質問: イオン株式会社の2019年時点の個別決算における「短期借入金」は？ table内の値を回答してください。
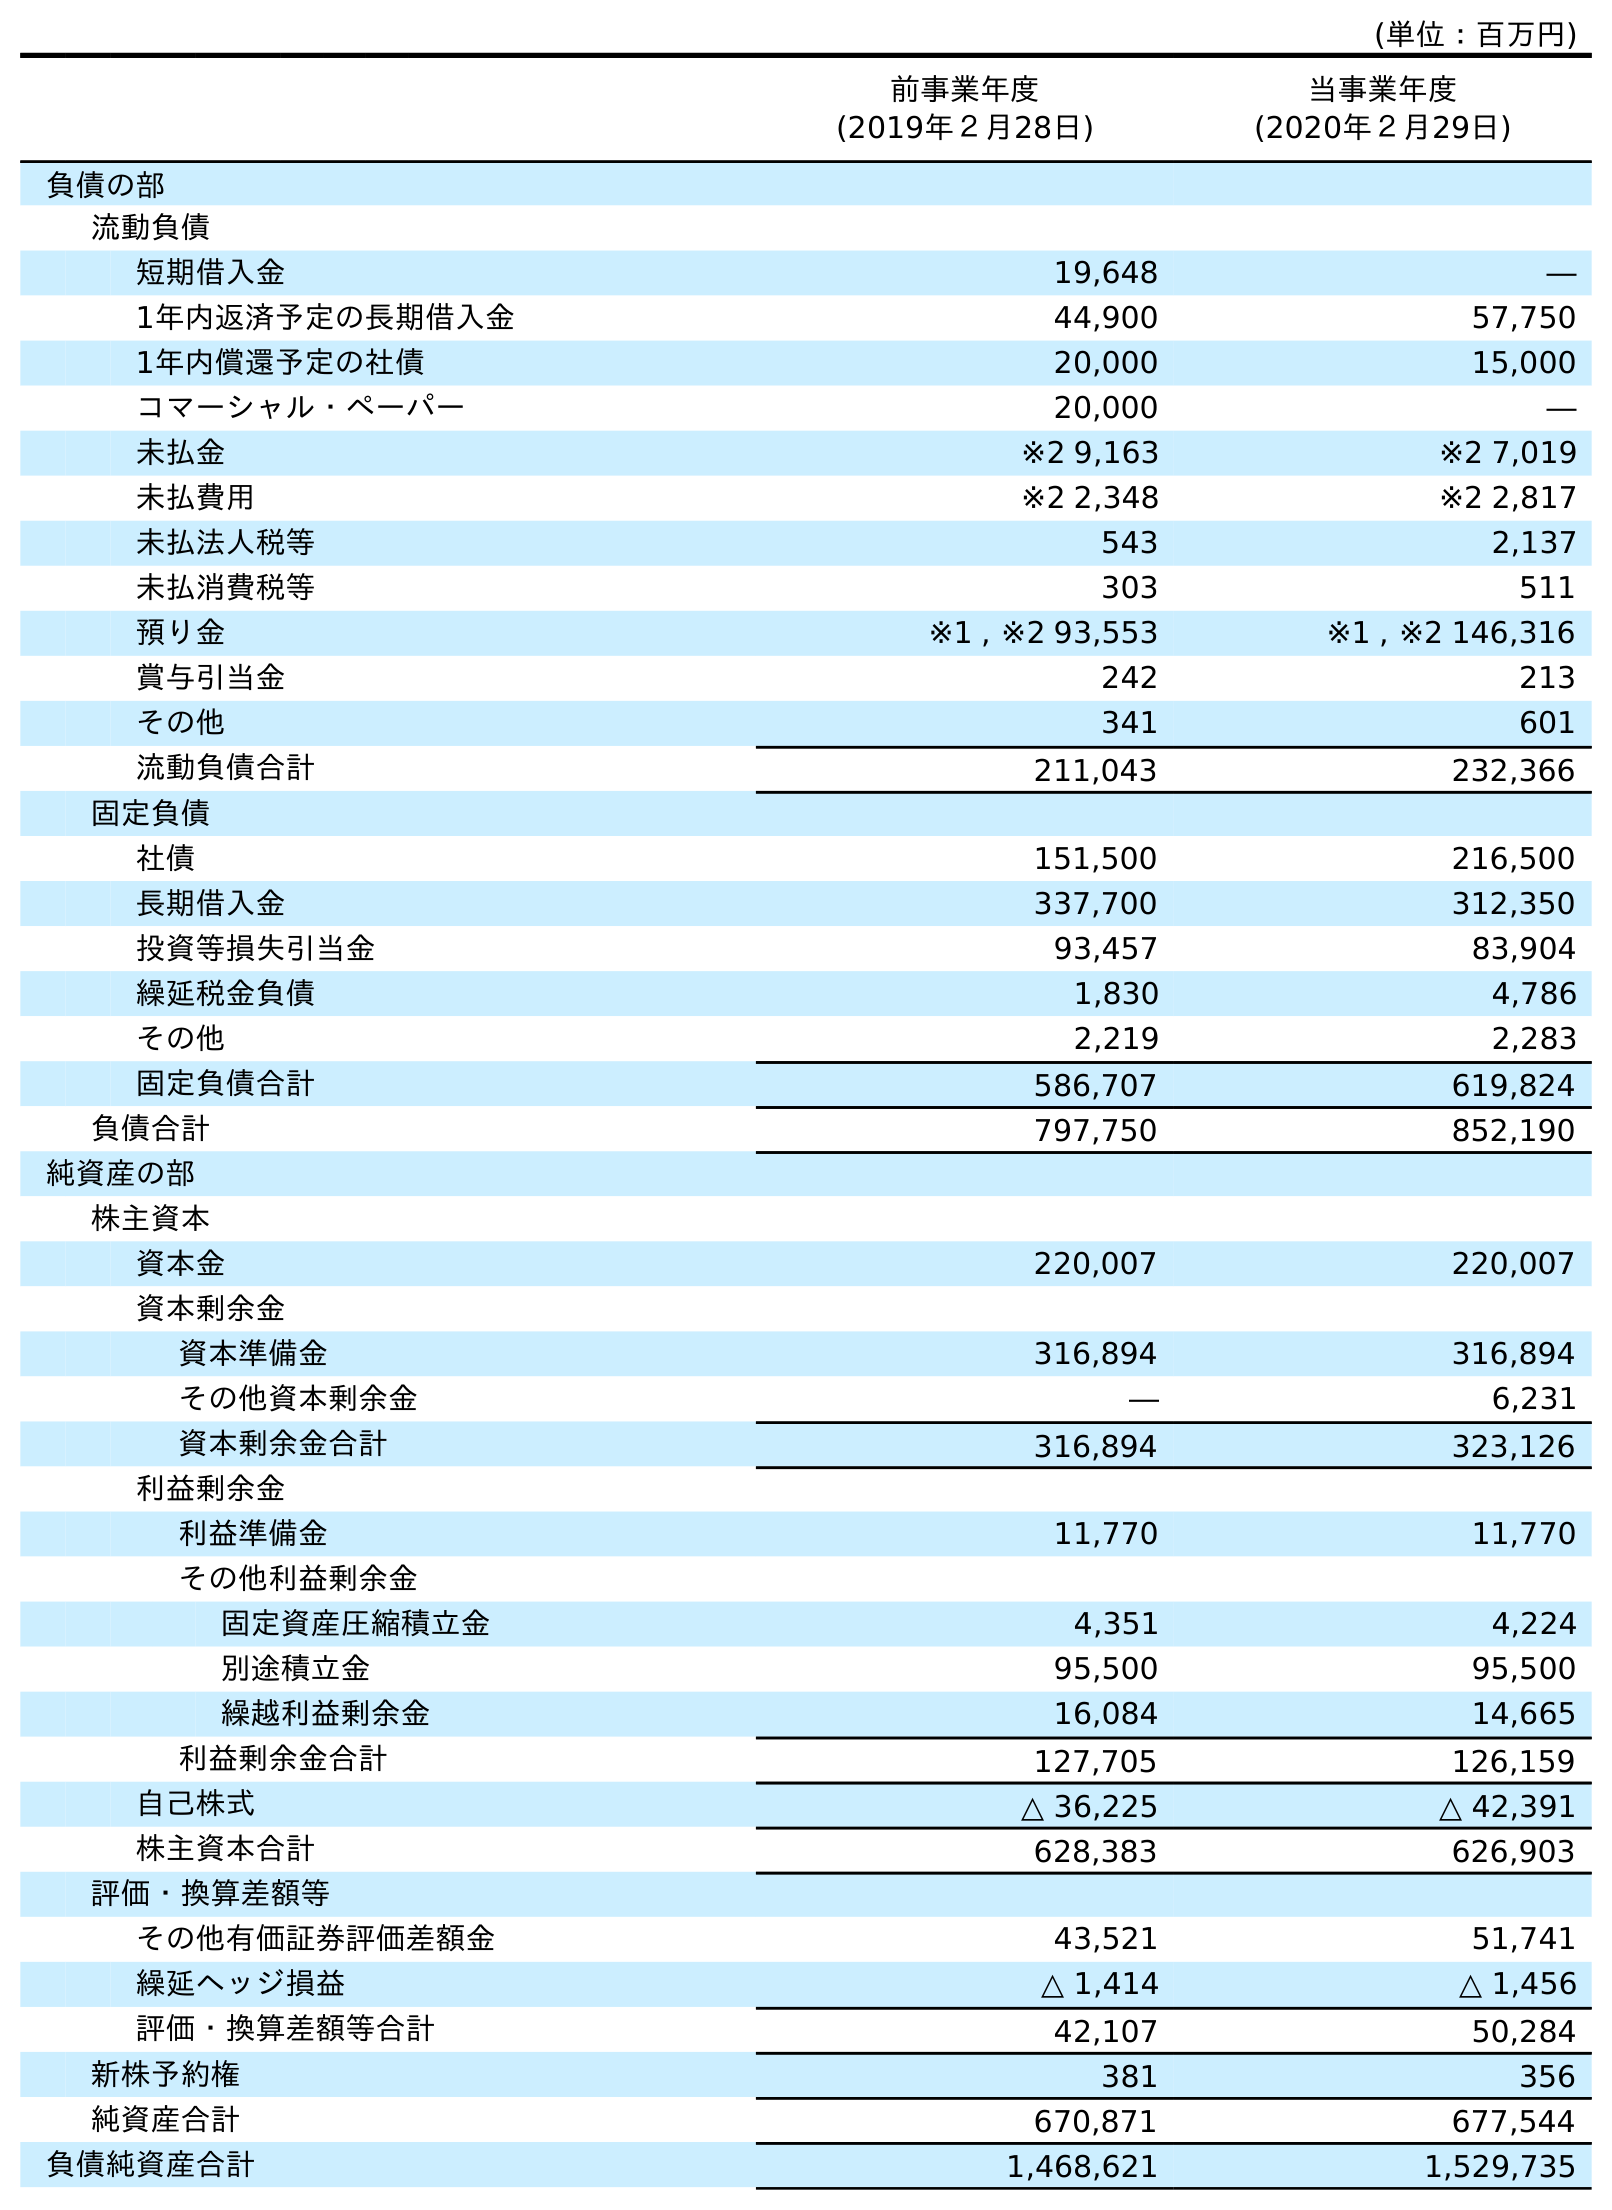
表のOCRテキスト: (単位：百万円) 前事業年度 (2019年２月28日) 当事業年度 (2020年２月29日) 負債の部 流動負債 短期借入金 19,648 ― 1年内返済予定の長期借入金 44,900 57,750 1年内償還予定の社債 20,000 15,000 コマーシャル・ペーパー 20,000 ― 未払金 ※2 9,163 ※2 7,019 未払費用 ※2 2,348 ※2 2,817 未払法人税等 543 2,137 未払消費税等 303 511 預り金 ※1 , ※2 93,553 ※1 , ※2 146,316 賞与引当金 242 213 その他 341 601 流動負債合計 211,043 232,366 固定負債 社債 151,500 216,500 長期借入金 337,700 312,350 投資等損失引当金 93,457 83,904 繰延税金負債 1,830 4,786 その他 2,219 2,283 固定負債合計 586,707 619,824 負債合計 797,750 852,190 純資産の部 株主資本 資本金 220,007 220,007 資本剰余金 資本準備金 316,894 316,894 その他資本剰余金 ― 6,231 資本剰余金合計 316,894 323,126 利益剰余金 利益準備金 11,770 11,770 その他利益剰余金 固定資産圧縮積立金 4,351 4,224 別途積立金 95,500 95,500 繰越利益剰余金 16,084 14,665 利益剰余金合計 127,705 126,159 自己株式 △ 36,225 △ 42,391 株主資本合計 628,383 626,903 評価・換算差額等 その他有価証券評価差額金 43,521 51,741 繰延ヘッジ損益 △ 1,414 △ 1,456 評価・換算差額等合計 42,107 50,284 新株予約権 381 356 純資産合計 670,871 677,544 負債純資産合計 1,468,621 1,529,735
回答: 19,648